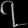
Digit: ၇